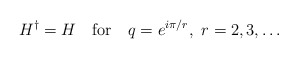
\begin{align*}H^\dagger=H\quad{\rm for}\quad q=e^{i\pi/r},\ r=2,3,\dots\end{align*}